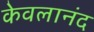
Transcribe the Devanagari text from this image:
केवलानंद